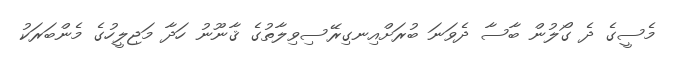
މެސީގެ ދެ ގޯލުން ބާސާ ދެވަނަ ބުރަށްއިނގިރޭސިވިލާތުގެ ޤާނޫނު ހަދާ މަޖިލީހުގެ މެންބަރަކު